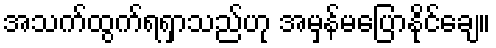
အသက်ထွက်ရရှာသည်ဟု အမှန်မပြောနိုင်ချေ။